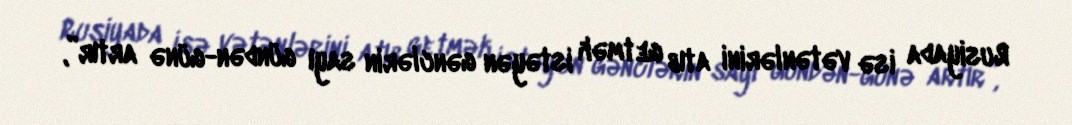
Rusiyada isə vətənlərini atıb getmək istəyən gənclərin sayı gündən-günə artır”,